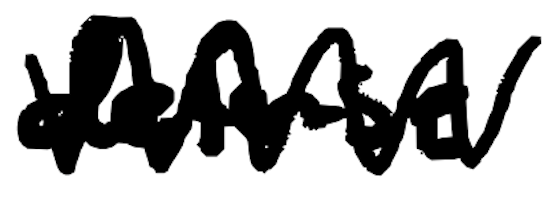
Text: defense
Cross-out: zig-zag
Writing tool: digital_black